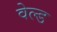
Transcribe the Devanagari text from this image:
वेल्‍ड